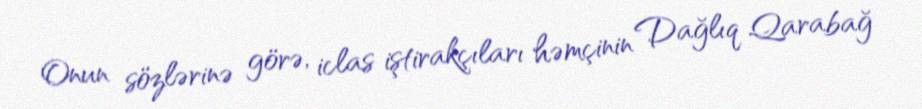
Onun sözlərinə görə, iclas iştirakçıları həmçinin Dağlıq Qarabağ